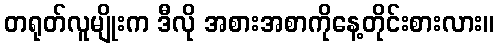
တရုတ်လူမျိုးက ဒီလို အစားအစာကိုနေ့တိုင်းစားလား။